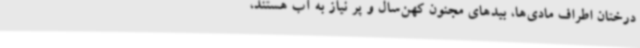
درختان اطراف مادی‌ها، بیدهای مجنون کهن‌سال و پر نیاز به آب هستند،